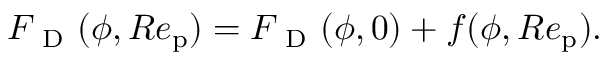
{ F _ { \mathrm { ~ D ~ } } } ( \phi , R e _ { \mathrm { p } } ) = { F _ { \mathrm { ~ D ~ } } } ( \phi , 0 ) + { f } ( \phi , R e _ { \mathrm { p } } ) .